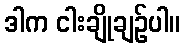
ဒါက ငါးချိုချဉ်ပါ။